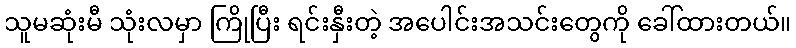
သူမဆုံးမီ သုံးလမှာ ကြိုပြီး ရင်းနှီးတဲ့ အပေါင်းအသင်းတွေကို ခေါ်ထားတယ်။